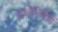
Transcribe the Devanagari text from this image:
जयोतिर्विदों